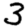
Digit: 3